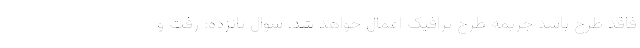
فاقد طرح باشد جریمه طرح ترافیک اعمال خواهد شد. سوال پانزده: رفت و